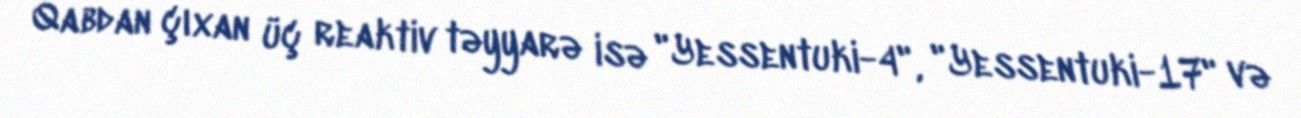
Qabdan çıxan üç reaktiv təyyarə isə "Yessentuki-4", "Yessentuki-17" və